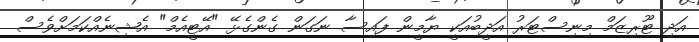
އަދި ޓޫރިޒަމް މިނިސްޓަރު އަދީބުއަކީ ޔާމީން ފައިސާ ނަގަން ގެންގެޅޭ "އޭޓީއެމް" އެޝިނެއްކަމަށްވެސް